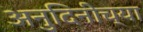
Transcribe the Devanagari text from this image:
अनुदिनीच्या